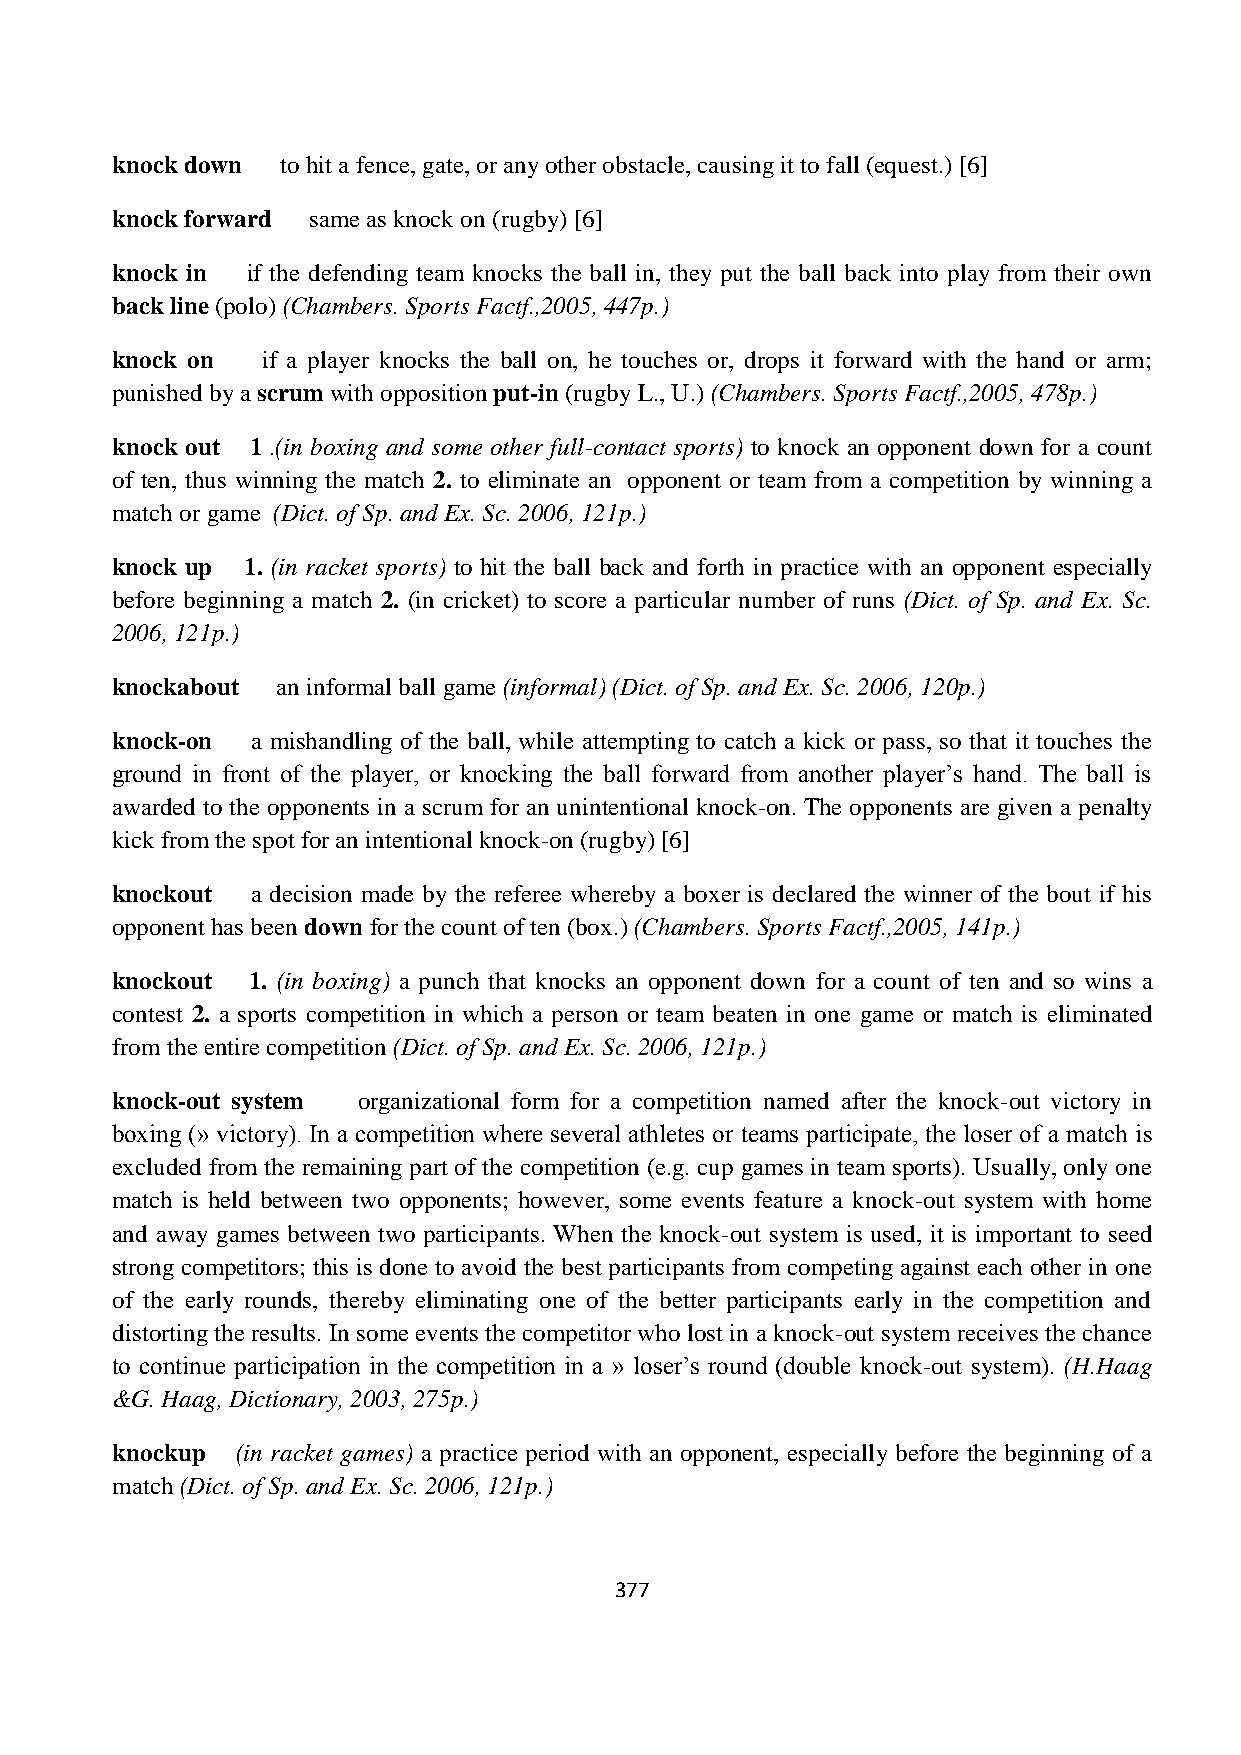
knock down  to hit a fence, gate, or any other obstacle, causing it to fall (equest.) [6]
 knock forward same as knock on (rugby) [6]
 knock in if the defending team knocks the ball in, they put the ball back into play from their own
 back line (polo) (Chambers. Sports Factf.,2005, 447p.)
 knock on  if a player knocks the ball on, he touches or, drops it forward with the hand or arm;
 punished by a scrum with opposition put-in (rugby L., U.) (Chambers. Sports Factf.,2005, 478p.)
 knock out 1 .(in boxing and some other full-contact sports) to knock an opponent down for a count
 of ten, thus winning the match 2. to eliminate an opponent or team from a competition by winning a
 match or game (Dict. of Sp. and Ex. Sc. 2006, 121p.)
 knock up 1. (in racket sports) to hit the ball back and forth in practice with an opponent especially
 before beginning a match 2. (in cricket) to score a particular number of runs (Dict. of Sp. and Ex. Sc.
 2006, 121p.)
 knockabout an informal ball game (informal) (Dict. of Sp. and Ex. Sc. 2006, 120p.)
 knock-on  a mishandling of the ball, while attempting to catch a kick or pass, so that it touches the
 ground in front of the player, or knocking the ball forward from another player‟s hand. The ball is
 awarded to the opponents in a scrum for an unintentional knock-on. The opponents are given a penalty
 kick from the spot for an intentional knock-on (rugby) [6]
 knockout  a decision made by the referee whereby a boxer is declared the winner of the bout if his
 opponent has been down for the count of ten (box.) (Chambers. Sports Factf.,2005, 141p.)
 knockout 1. (in boxing) a punch that knocks an opponent down for a count of ten and so wins a
 contest 2. a sports competition in which a person or team beaten in one game or match is eliminated
 from the entire competition (Dict. of Sp. and Ex. Sc. 2006, 121p.)
 knock-out system organizational form for a competition named after the knock-out victory in
 boxing (» victory). In a competition where several athletes or teams participate, the loser of a match is
 excluded from the remaining part of the competition (e.g. cup games in team sports). Usually, only one
 match is held between two opponents; however, some events feature a knock-out system with home
 and away games between two participants. When the knock-out system is used, it is important to seed
 strong competitors; this is done to avoid the best participants from competing against each other in one
 of the early rounds, thereby eliminating one of the better participants early in the competition and
 distorting the results. In some events the competitor who lost in a knock-out system receives the chance
 to continue participation in the competition in a » loser‟s round (double knock-out system). (H.Haag
 &G. Haag, Dictionary, 2003, 275p.)
 knockup  (in racket games) a practice period with an opponent, especially before the beginning of a
 match (Dict. of Sp. and Ex. Sc. 2006, 121p.)
 377